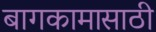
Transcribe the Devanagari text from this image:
बागकामासाठी